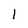
Character: 1